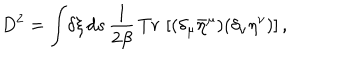
D ^ { 2 } = \int \! \delta \xi \, d s \, { \frac { 1 } { 2 \beta } } \, T r \, \left[ ( \delta _ { \mu } { \bar { \eta } } ^ { \mu } ) ( \delta _ { \nu } \eta ^ { \nu } ) \right] ,